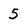
Character: 5